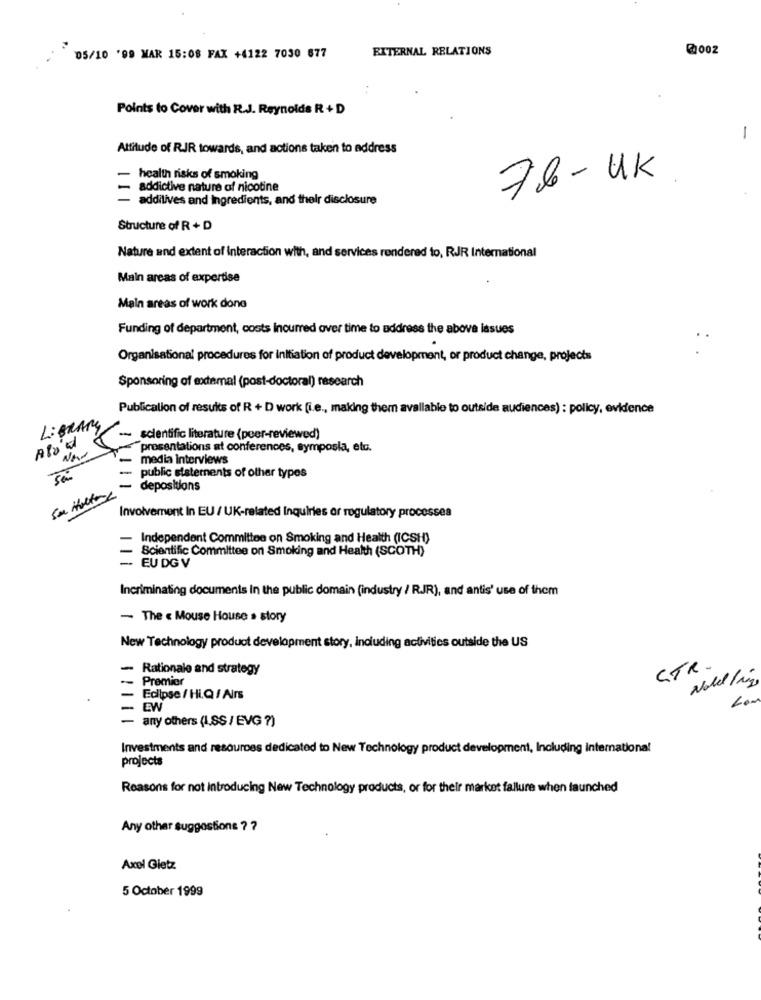
EXTERNAL RELATIONS
@0002
05/10 '99 MAR 15:08 FAX +4122 7030 677
Points to Cover with R.J. Reynolds R + D
-
Attitude of RJR towards, and actions taken to address
health risks of smoking
76- UK
addictive nature of nicotine
- additives and Ingredients, and their disclosure
Structure of R + D
Nature and extent of Interaction with, and services rendered to, RJR International
Main areas of expertise
Main areas of work done
Funding of department, costs Incurred over time to address the above issues
Organisational procedures for initiation of product development, or product change, projects
Sponsoring of extemal (post-doctoral) research
Publication of results of R + D work (i.e ., making them available to outside audiences) : policy, evidence
LIBRARY
Alo ol
-- scientific literature (peer-reviewed)
Now
presentations at conferences, symposia, etc.
- media interviews
- public statements of other types
Su Halter
- depositions
Involvement In EU / UK-related Inquiries or regulatory processes
-
Independent Committee on Smoking and Health (ICSH)
Scientific Committee on Smoking and Health (SCOTH)
- EU DGV
Incriminating documents in the public domain (industry / R.JR), and antis' use of them
- The « Mouse House . story
New Technology product development story, including activities outside the US
-
Rationale and strategy
CTR.
-- Premier
Eclipse / Hi.Q / Airs
- EW
- any others (L.SS / EVG ?)
Investments and resources dedicated to New Technology product development, Including international
projects
Reasons for not Introducing New Technology products, or for their market fallure when launched
Any other suggestions ? ?
Axel Gietz
5 October 1999